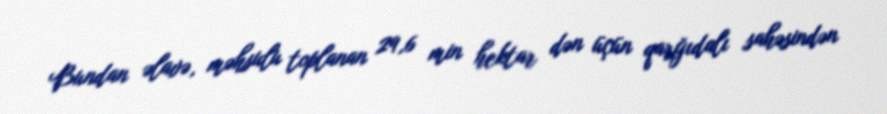
Bundan əlavə, məhsulu toplanan 29,6 min hektar dən üçün qarğıdalı sahəsindən